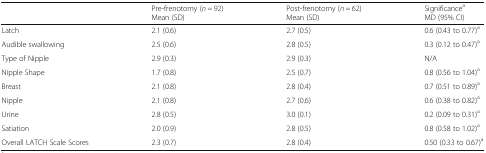
<table><thead><tr><td></td><td><b>Pre-frenotomy (<i>n</i> = 92)Mean (SD)</b></td><td><b>Post-frenotomy (<i>n</i> = 62)Mean (SD)</b></td><td><b>Significance<sup>a</sup>MD (95% CI)</b></td></tr></thead><tbody><tr><td>Latch</td><td>2.1 (0.6)</td><td>2.7 (0.5)</td><td>0.6 (0.43 to 0.77)<sup>a</sup></td></tr><tr><td>Audible swallowing</td><td>2.5 (0.6)</td><td>2.8 (0.5)</td><td>0.3 (0.12 to 0.47)<sup>a</sup></td></tr><tr><td>Type of Nipple</td><td>2.9 (0.3)</td><td>2.9 (0.3)</td><td>N/A</td></tr><tr><td>Nipple Shape</td><td>1.7 (0.8)</td><td>2.5 (0.7)</td><td>0.8 (0.56 to 1.04)<sup>a</sup></td></tr><tr><td>Breast</td><td>2.1 (0.8)</td><td>2.8 (0.4)</td><td>0.7 (0.51 to 0.89)<sup>a</sup></td></tr><tr><td>Nipple</td><td>2.1 (0.8)</td><td>2.7 (0.6)</td><td>0.6 (0.38 to 0.82)<sup>a</sup></td></tr><tr><td>Urine</td><td>2.8 (0.5)</td><td>3.0 (0.1)</td><td>0.2 (0.09 to 0.31)<sup>a</sup></td></tr><tr><td>Satiation</td><td>2.0 (0.9)</td><td>2.8 (0.5)</td><td>0.8 (0.58 to 1.02)<sup>a</sup></td></tr><tr><td>Overall LATCH Scale Scores</td><td>2.3 (0.7)</td><td>2.8 (0.4)</td><td>0.50 (0.33 to 0.67)<sup>a</sup></td></tr></tbody></table>